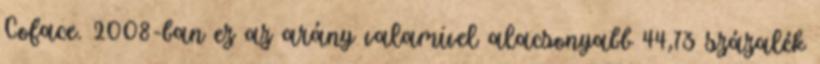
Coface. 2008-ban ez az arány valamivel alacsonyabb 44,73 százalék